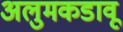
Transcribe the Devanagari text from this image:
अलुमकडावू